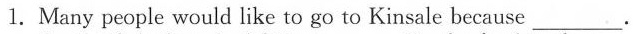
1.Many people would like to go to Kinsale because ___.